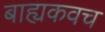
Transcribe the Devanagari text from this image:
बाह्यकवच